Vaccination in Bombay 1889-1901 - 1889-1901
Year: 1889
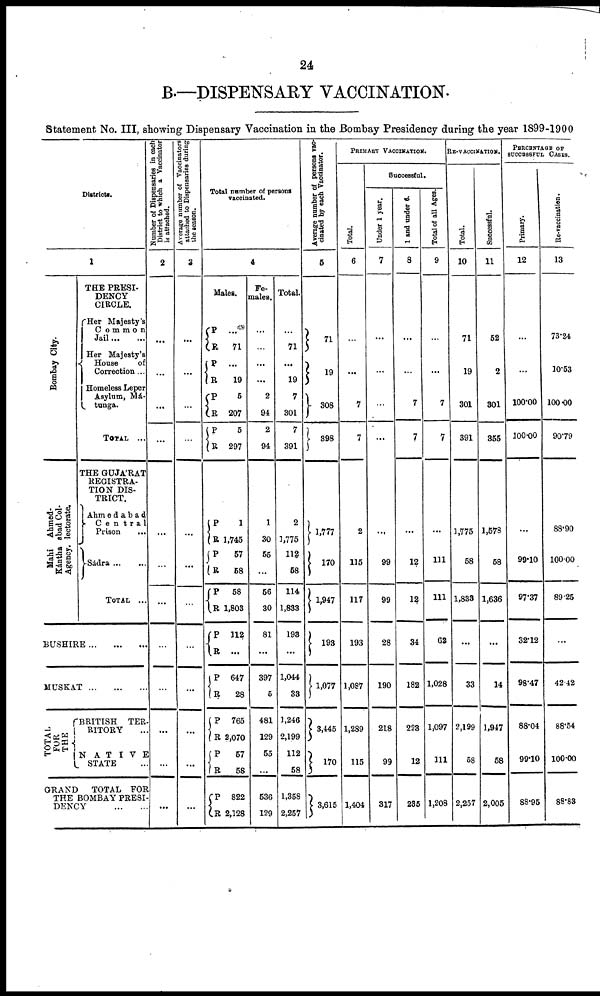
24
B.—DISPENSARY VACCINATION.
Statement No. III, showing Dispensary Vaccination in the Bombay Presidency during the year 1899-1900
Districts.
1
Bombay City.
Ahmed¬
abad Col¬
lectorate.
Mahi
Kántha
Agency.
THE PRESI-
DENCY
CIRCLE.
Her Majesty's
Common
Jail...
...
Her Majesty's
House
of
Correction ...
Homeless Leper
Asylum, Má¬
tunga.
TOTAL ...
THE GUJÁRAT
REGISTRA-
TION DIS-
TRICT.
Ahmedabad
Central
Prison
...
Sádra ... ...
TOTAL ...
BUSHIRE...
...
...
MUSKAT...
...
...
TOTAL
FOR
THE
BRITISH TER¬
RITORY ...
NATIVE
STATE ...
GRAND
TOTAL FOR
THE BOMBAY PRESI-
DENCY
...
...
Number of Dispensaries in each
District to which a Vaccinator
is attached.
2
...
...
...
...
...
...
...
...
...
...
...
...
Average number of Vaccinators
attached to Dispensaries during
the season.
3
...
...
...
...
...
...
...
...
...
...
...
...
Total number of persons
vaccinated.
4
Males.
P
R
P
R
P
R
P
R
P
R
P
R
P
R
P
R
P
R
P
R
P
R
P
R
...
71
...
19
5
207
5
297
1
1,745
57
58
58
1,803
112
...
647
28
765
2,070
57
58
822
2,128
Fe-
males.
...
...
...
...
2
94
2
94
1
30
55
...
56
30
81
...
397
5
481
129
55
...
536
129
Total.
...
71
...
19
7
301
7
391
2
1,775
112
58
114
1,833
193
...
1,044
33
1,246
2,199
112
58
1,358
2,257
Average number of persons vac-
cinated by each Vaccinator.
5
71
19
308
398
1,777
170
1,947
193
1,077
3,445
170
3,615
PRIMARY VACCINATION.
Total.
6
...
...
7
7
2
115
117
193
1,087
1,289
115
1,404
Successful.
Under 1 year.
7
...
...
...
...
...
99
99
28
190
218
99
317
1 and under 6.
8
...
...
7
7
...
12
12
34
182
223
12
235
Total of all Ages.
9
...
...
7
7
...
111
111
62
1,028
1,097
111
1,208
RE-VACCINATION.
Total.
10
71
19
301
391
1,775
58
1,833
...
33
2,199
58
2,257
Successful.
11
52
2
301
355
1,578
58
1,636
...
14
1,947
58
2,005
PERCENTAGE OF
SUCCESSFUL CASES.
Primary.
12
...
...
100.00
100.00
...
99.10
97.37
32.12
98.47
88.04
99.10
88.95
Re-vaccination.
13
73.24
10.53
100.00
90.79
88.90
100.00
89.25
...
42.42
88.54
100.00
88.83